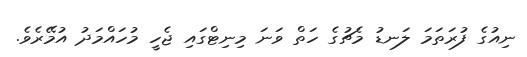
ނިއުގެ ފުރަތަމަ ލަނޑު މެޗުގެ ހަތް ވަނަ މިނިޓްގައި ޖެހީ މުހައްމަދު އުމޭރެވެ.